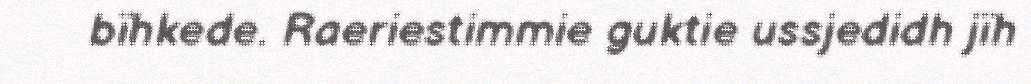
bïhkede. Raeriestimmie guktie ussjedidh jïh